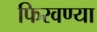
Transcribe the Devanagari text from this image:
फिरवण्या